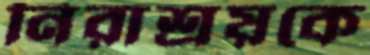
নিরাশ্রয়কে